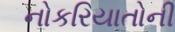
નોકરિયાતોની